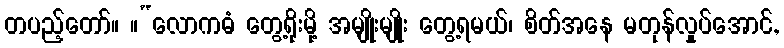
တပည့်တော်။ ။“လောကဓံ တွေ့ရိုးမို့ အမျိုးမျိုး တွေ့ရမယ်၊ စိတ်အနေ မတုန်လှုပ်အောင်,